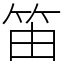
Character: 笛